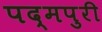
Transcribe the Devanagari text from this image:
पद्मपुरी